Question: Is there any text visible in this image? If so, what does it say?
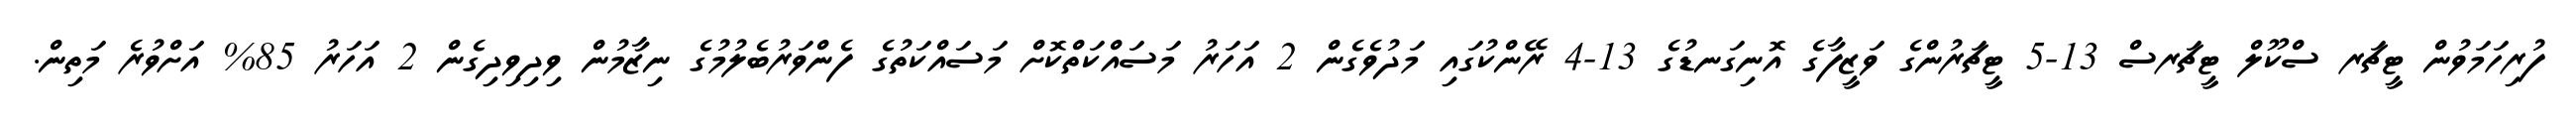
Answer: ފުރިހަމަވުން ޓީޗަރ ސްކޫލް ޓީޗަރސް 13-5 ޓީޗަރުންގެ ވަޒީފާގެ އޮނިގަނޑުގެ 13-4 ރޭންކުގައި މަދުވެގެން 2 އަހަރު މަސައްކަތްކޮށް މަސައްކަތުގެ ފެންވަރުބެލުމުގެ ނިޒާމުން ވިދިވިދިގެން 2 އަހަރު 85% އަށްވުރެ މަތިން.